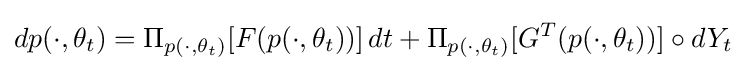
dp(\cdot ,\theta _{t})=\Pi _{p(\cdot ,\theta _{t})}[F(p(\cdot ,\theta _{t}))]\,dt+\Pi _{p(\cdot ,\theta _{t})}[G^{T}(p(\cdot ,\theta _{t}))]\circ dY_{t}\